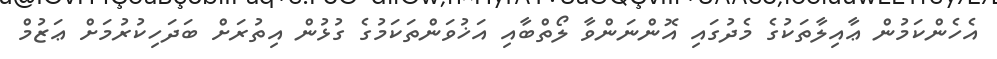
އެހެންކަމުން ޢާއިލާތަކުގެ މެދުގައި އޮންނަންވާ ލޯތްބާއި އަޚުވަންތަކަމުގެ ގުޅުން އިތުރަށް ބަދަހިކުރުމަށް ޢަޒުމް